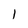
Character: 1